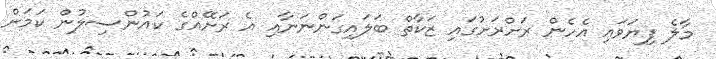
މާލެ ފިޔަވައި އެހެން ރަށްރަށުގައި ޒަކާތް ބަލައިގަންނަނާއި އެ ރަށޭއްގެ ކައުންސިލުން ކަމަށް